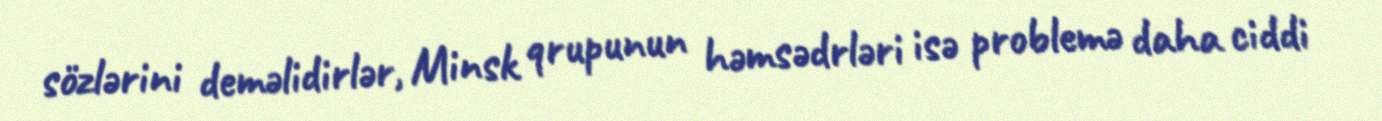
sözlərini deməlidirlər, Minsk qrupunun həmsədrləri isə problemə daha ciddi